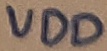
Text: VDD